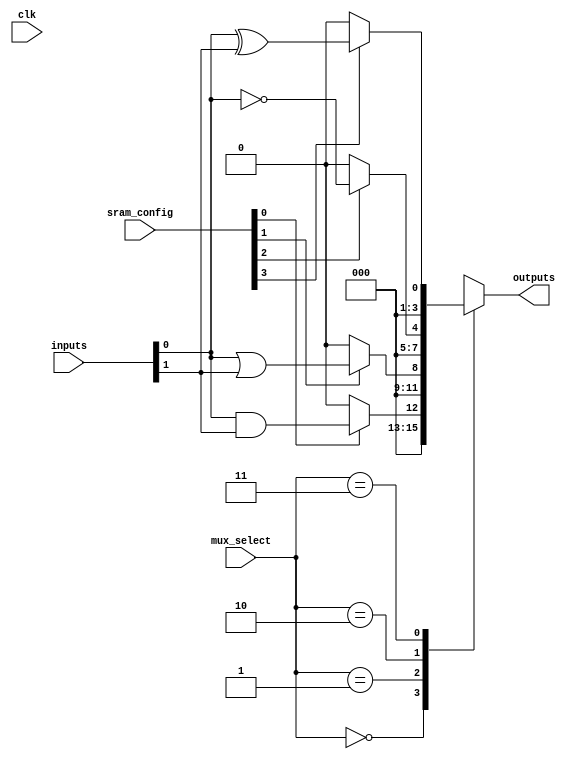
module CLB (
    input wire [3:0] inputs,            // 4 input signals
    input wire [3:0] sram_config,       // SRAM configuration for logic functions
    input wire [1:0] mux_select,        // MUX select lines (for output selection)
    input wire clk,                      // Clock signal for synchronization
    output wire [3:0] outputs            // 4 output signals
);

// Internal signals for logic operations
wire and_out, or_out, not_out, xor_out;

// Logic gate implementations
assign and_out = inputs[0] & inputs[1]; // AND gate
assign or_out  = inputs[0] | inputs[1]; // OR gate
assign not_out = ~inputs[0];             // NOT gate
assign xor_out = inputs[0] ^ inputs[1]; // XOR gate

// MUX for selecting output based on SRAM configuration
reg [3:0] mux_out;

always @(*) begin
    case (mux_select)
        2'b00: mux_out = sram_config[0] ? and_out : 0; // AND output
        2'b01: mux_out = sram_config[1] ? or_out  : 0; // OR output
        2'b10: mux_out = sram_config[2] ? not_out : 0; // NOT output
        2'b11: mux_out = sram_config[3] ? xor_out : 0; // XOR output
        default: mux_out = 0;
    endcase
end

// Output assignment
assign outputs = mux_out;

endmodule